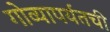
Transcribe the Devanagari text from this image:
गोव्यापर्यंतची